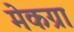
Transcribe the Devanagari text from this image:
मेकग्रा